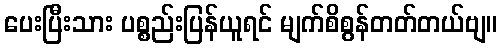
ပေးပြီးသား ပစ္စည်းပြန်ယူရင် မျက်စိစွန်တတ်တယ်ဗျ။